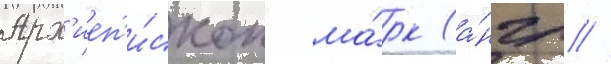
Арх'иеп'и́скоп ма́рк (а́нгл //